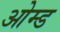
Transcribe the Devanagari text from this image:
ओम्ड